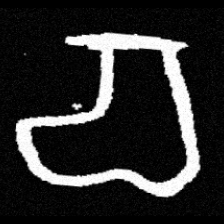
Pyu character \u2014 Myanmar letter: စ (romanized: ca)